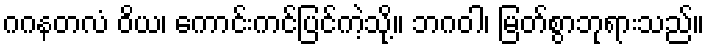
ဂဂနတလံ ဝိယ၊ ကောင်းကင်ပြင်ကဲ့သို့။ ဘဂဝါ၊ မြတ်စွာဘုရားသည်။